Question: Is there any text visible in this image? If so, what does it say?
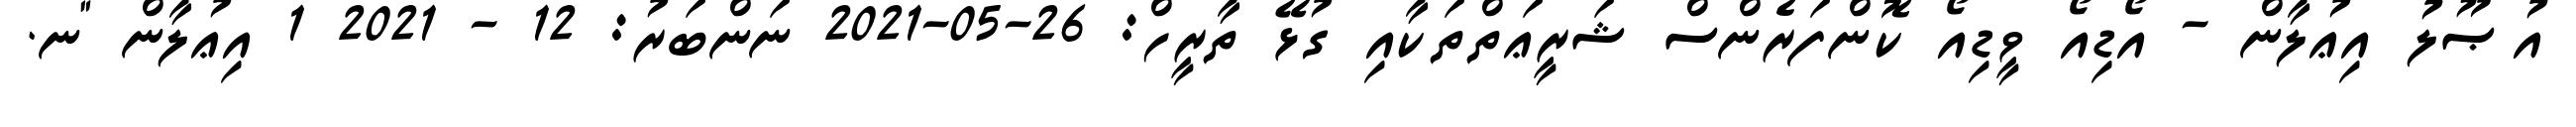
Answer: އުޞޫލު އިޢުލާން - އޯޑިއޯ ވީޑިއޯ ކޮންފަރެންސް ޝަރީޢަތްތަކާއި ގުޅޭ ތާރީހް: 26-05-2021 ނަންބަރު: 12 - 2021 1 އިޢުލާން "ނ.